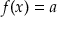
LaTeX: \textstyle f ( x ) = a